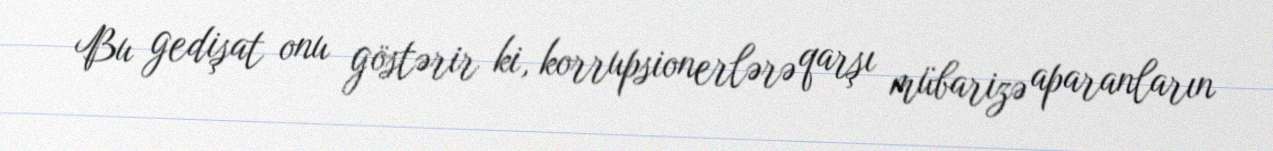
Bu gedişat onu göstərir ki, korrupsionerlərə qarşı mübarizə aparanların